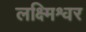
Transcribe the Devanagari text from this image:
लक्ष्मिश्वर